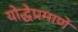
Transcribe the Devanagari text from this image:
योद्धेप्रमाणे